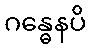
ဂန္ဓေနပိ